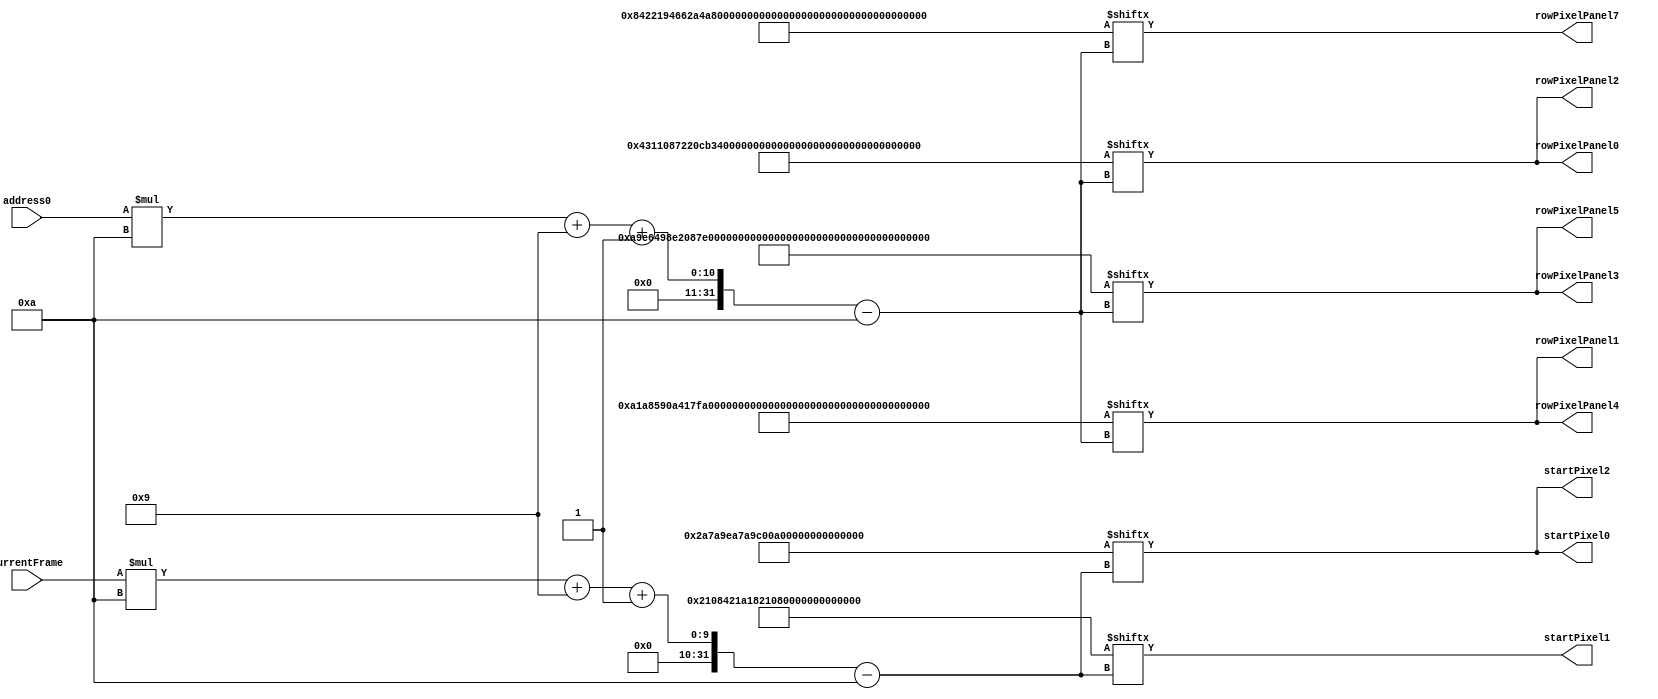
/*
   This file was generated automatically by the Mojo IDE version B1.3.6.
   Do not edit this file directly. Instead edit the original Lucid source.
   This is a temporary file and any changes made to it will be destroyed.
*/

module panelRows_1 (
    input [3:0] currentFrame,
    output reg [9:0] startPixel0,
    output reg [9:0] startPixel1,
    output reg [9:0] startPixel2,
    input [4:0] address0,
    output reg [9:0] rowPixelPanel0,
    output reg [9:0] rowPixelPanel1,
    output reg [9:0] rowPixelPanel2,
    output reg [9:0] rowPixelPanel3,
    output reg [9:0] rowPixelPanel4,
    output reg [9:0] rowPixelPanel5,
    output reg [9:0] rowPixelPanel7
  );
  
  
  
  localparam ARRAY_SIZE = 5'h14;
  
  reg [199:0] bottom_left_start;
  
  reg [199:0] bottom_right_start;
  
  reg [199:0] top_left_start;
  
  reg [199:0] top_left_start2;
  
  reg [199:0] top_right_start;
  
  localparam FRAMES = 4'hb;
  
  reg [109:0] pixels0;
  
  reg [109:0] pixels1;
  
  reg [109:0] pixels2;
  
  always @* begin
    bottom_left_start = 200'h0004311087220cb3310f4415355197661db7721f88263992a7;
    top_left_start = 200'ha9e6498e2087ddc76d9865d5454d1043ccc32c8821c4410c00;
    top_left_start2 = 200'ha9e6498e2087ddc76d9865d5454d1043ccc32c8821c4410c00;
    top_right_start = 200'ha1a8590a417f9fd6e9b95d9754c9313b8ed2a8a91986508821;
    bottom_right_start = 200'h08422194662a4aa3b4ee4c5325d5766e5ba7f5fe90642a1686;
    rowPixelPanel0 = bottom_left_start[(address0)*10+9-:10];
    rowPixelPanel1 = top_right_start[(address0)*10+9-:10];
    rowPixelPanel2 = bottom_left_start[(address0)*10+9-:10];
    rowPixelPanel3 = top_left_start[(address0)*10+9-:10];
    rowPixelPanel4 = top_right_start[(address0)*10+9-:10];
    rowPixelPanel5 = top_left_start2[(address0)*10+9-:10];
    rowPixelPanel7 = bottom_right_start[(address0)*10+9-:10];
    pixels0 = 110'h2a7a9ea7a9c00a9ea7a9ea7002a7;
    pixels1 = 110'h02108421a1821084210868608421;
    pixels2 = 110'h2a7a9ea7a9c00a9ea7a9ea7002a7;
    startPixel0 = pixels0[(currentFrame)*10+9-:10];
    startPixel1 = pixels1[(currentFrame)*10+9-:10];
    startPixel2 = pixels2[(currentFrame)*10+9-:10];
  end
endmodule